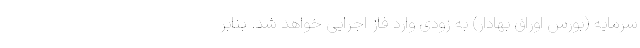
سرمایه (بورس اوراق بهادار) به زودی وارد فاز اجرایی خواهد شد. بنابر